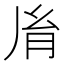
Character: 𦙍